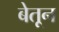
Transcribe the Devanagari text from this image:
बेतून